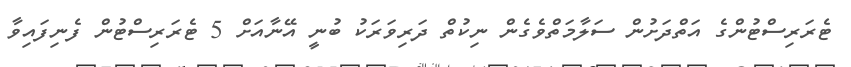
ޓެރަރިސްޓުންގެ އަތްދަށުން ސަލާމަތްވެގެން ނިކުތް ދަރިވަރަކު ބުނީ އޭނާއަށް 5 ޓެރަރިސްޓުން ފެނިފައިވާ